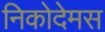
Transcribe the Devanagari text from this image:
निकोदेमस